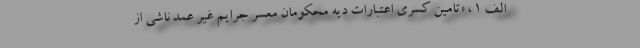
الف ۱ ، «تامین کسری اعتبارات دیه محکومان معسر جرایم غیر عمد ناشی از